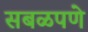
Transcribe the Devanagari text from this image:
सबळपणे